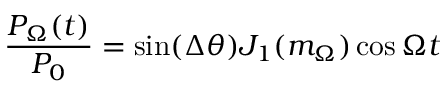
\frac { P _ { \Omega } ( t ) } { P _ { 0 } } = \sin ( \Delta \theta ) J _ { 1 } ( m _ { \Omega } ) \cos \Omega t